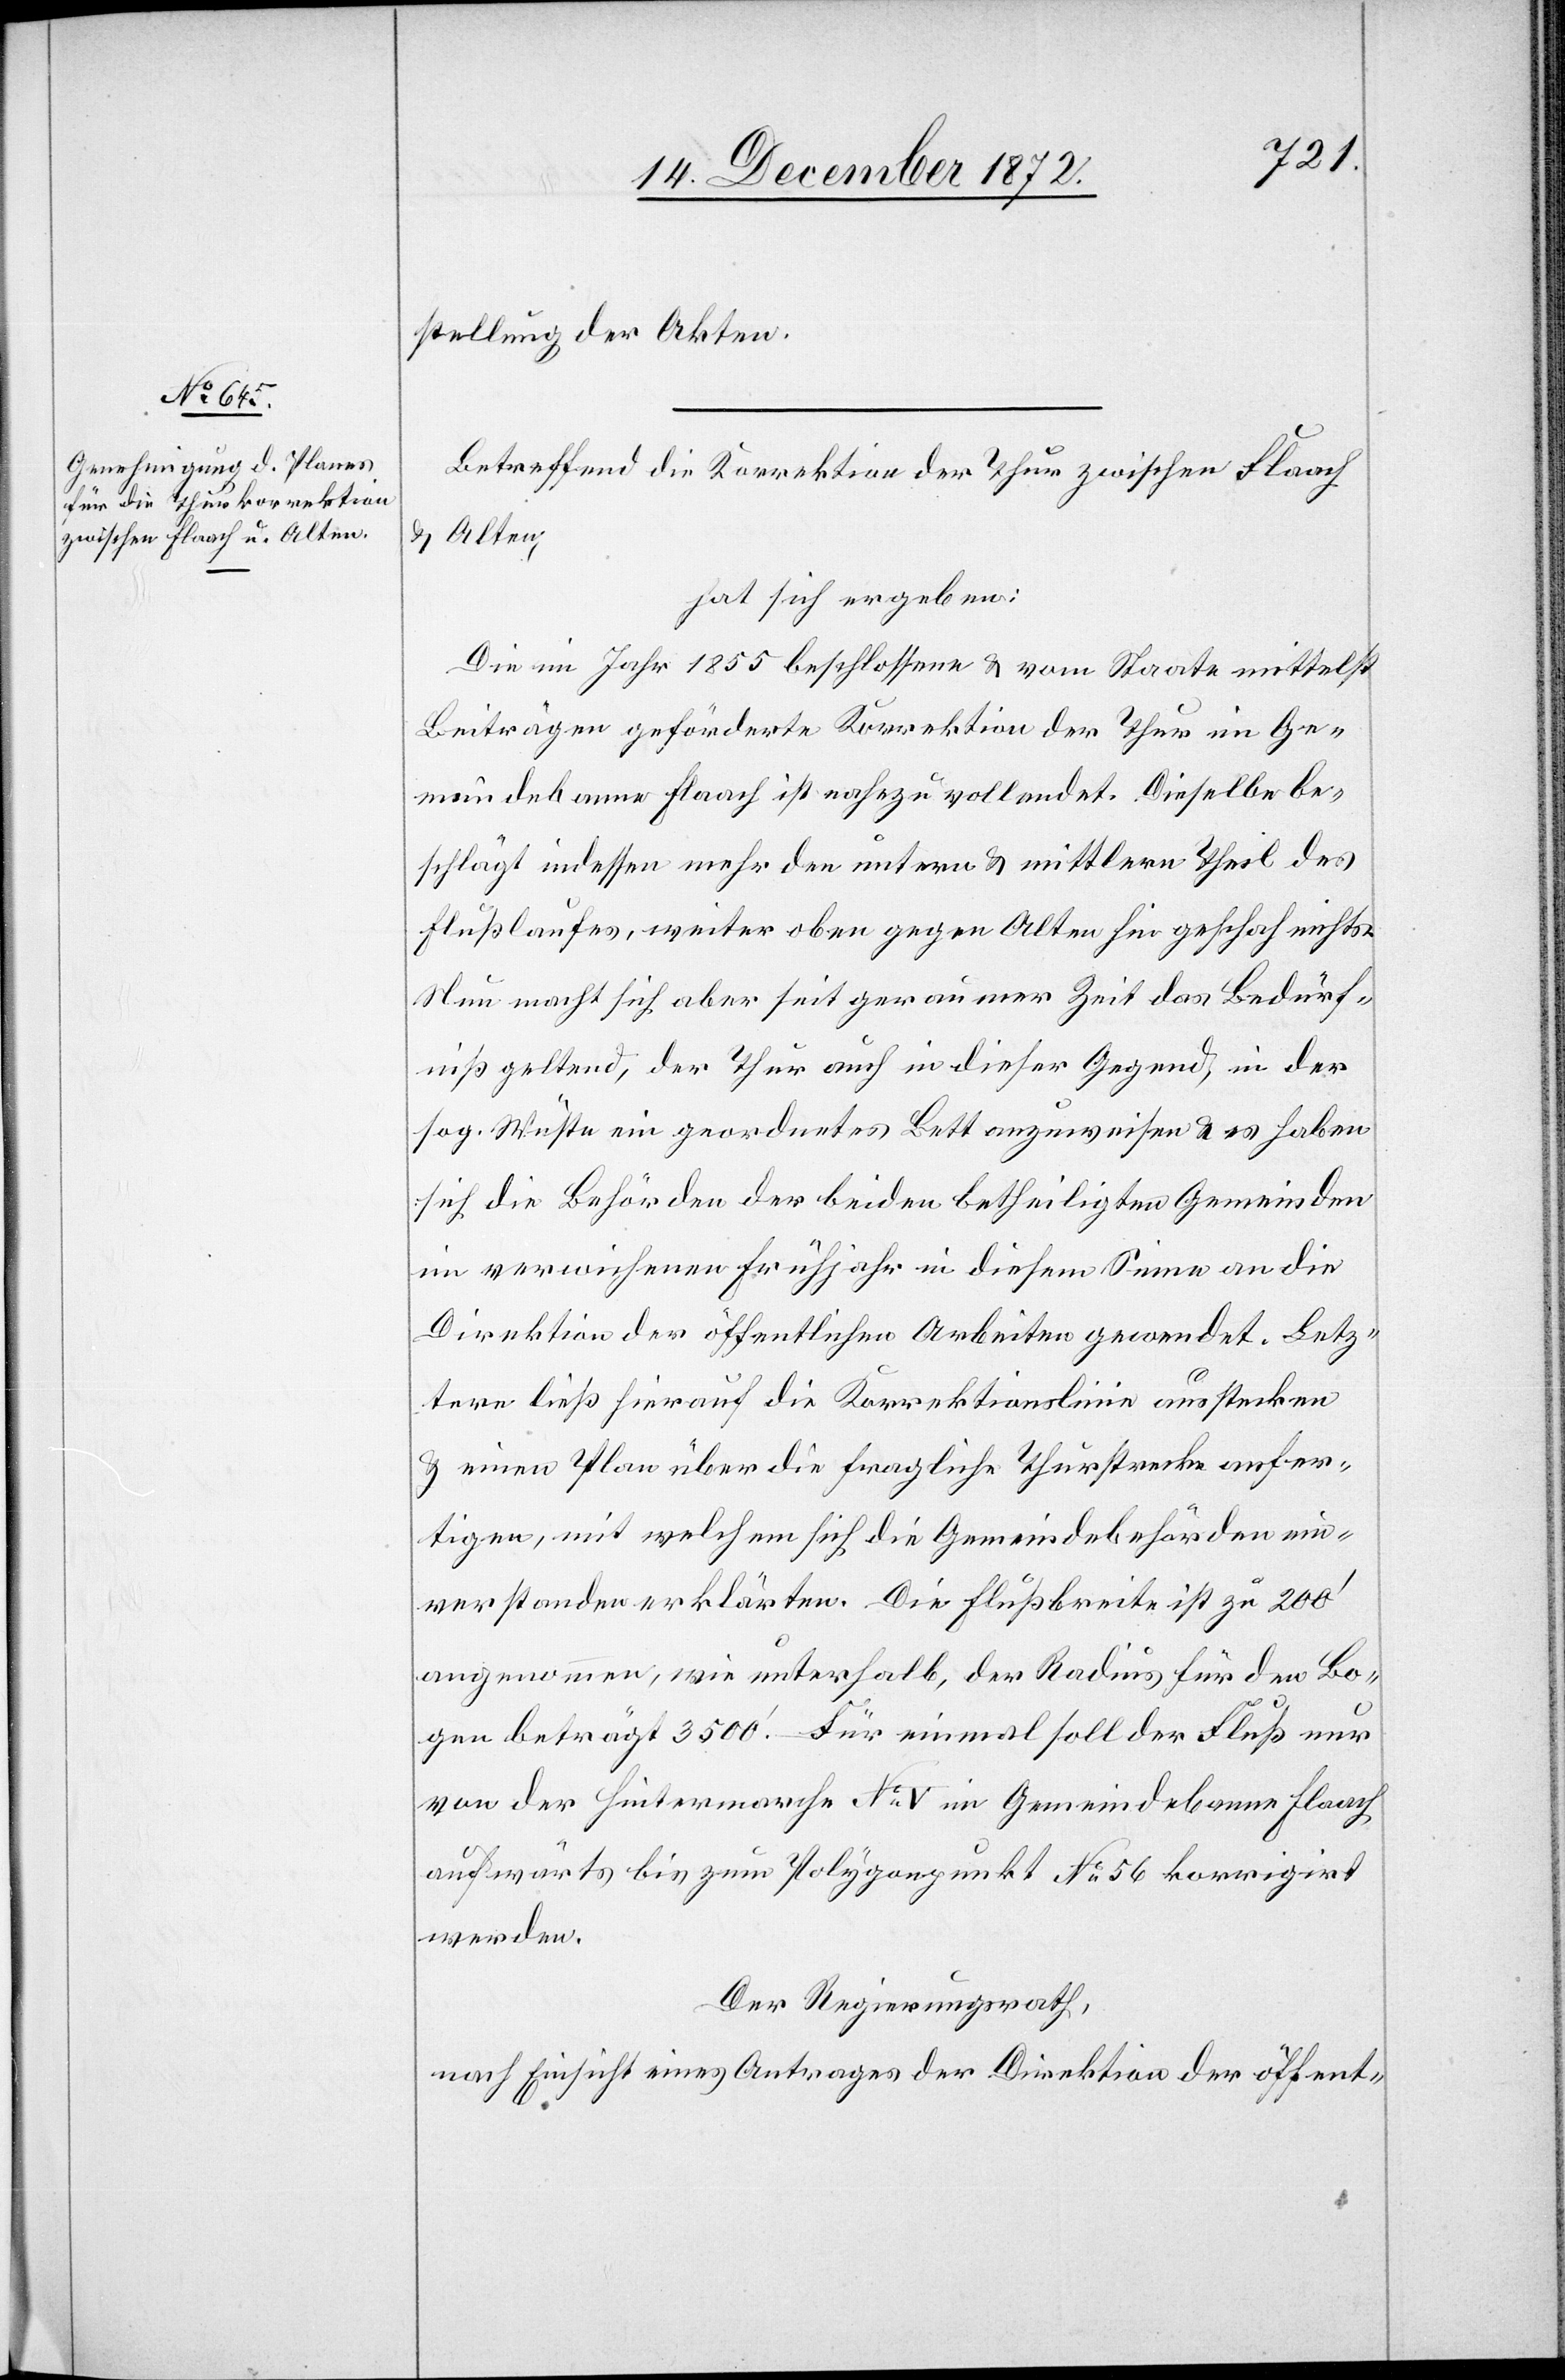
stellung der Akten.
Betreffend die Korrektion der Thur zwischen Flaach
u. Alten,
hat sich ergeben:
Die im Jahr 1855 beschlossene u. vom Staate mittelst
Beiträgen geförderte Korrektion der Thur im Ge¬
meindebanne Flaach ist nahezu vollendet. Dieselbe be¬
schlägt indessen mehr den untern u. mittlern Theil des
Flußlaufes, weiter oben gegen Alten hin geschah nichts.
Nun macht sich aber seit geraumer Zeit das Bedürf¬
niß geltend, der Thur auch in dieser Gegend, in der
sog. Wüste ein geordnetes Bett anzuweisen u. es haben
sich die Behörden der beiden betheiligten Gemeinden
im verwichenen Frühjahr in diesem Sinne an die
Direktion der öffentlichen Arbeiten gewendet. Letz¬
tere ließ hierauf die Korrektionslinie ausstecken
u. einen Plan über die fragliche Thurstrecke anfer¬
tigen, mit welchem sich die Gemeindebehörden ein¬
verstanden erklärten. Die Flußbreite ist zu 200’
angenommen, wie unterhalb, der Radius für den Bo¬
gen beträgt 3500’. – Für einmal soll der Fluß nur
von der Hintermarche No V im Gemeindebanne Flaach
aufwärts bis zum Polygonpunkt No 56 korrigirt
werden.
Der Regierungsrath,
nach Einsicht eines Antrages der Direktion der öffent-